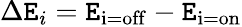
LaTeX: \Delta\mathtt{E}_{i}=\mathtt{E}_{\mathrm{{i=off}}}-\mathtt{E}_{\mathrm{{i=on}}}